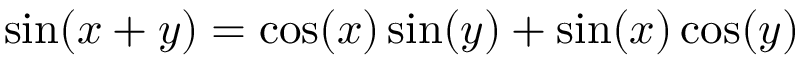
\sin ( x + y ) = \cos ( x ) \sin ( y ) + \sin ( x ) \cos ( y )